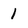
Character: 1